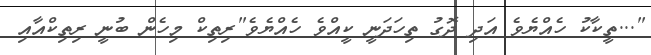
"...ތީކާކު ހެއްޔެވެ އަދި ދޮގު ތިހަދަނީ ކީއްވެ ހެއްޔެވެ"ރިތިކް މިހެން ބުނީ ރިތިކްއާއި